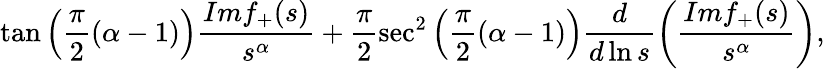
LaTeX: \tan\left(\frac{\pi}{2}(\alpha-1)\right)\frac{Imf_{+}(s)}{s^{\alpha}}+\frac{\pi}{2}\sec^{2}\left(\frac{\pi}{2}(\alpha-1)\right)\frac{d}{d\ln s}\left(\frac{Imf_{+}(s)}{s^{\alpha}}\right),